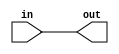
`timescale 1ns / 1ps
//////////////////////////////////////////////////////////////////////////////////
// Company: 
// Engineer: 
// 
// Design Name: 
// Module Name: bMOV
// Project Name: 
// Target Devices: 
// Tool Versions: 
// Description: 
// 
// Dependencies: 
// 
// Revision:
// Revision 0.01 - File Created
// Additional Comments:
// 
//////////////////////////////////////////////////////////////////////////////////


module bMOV(out, in);
    input in;
    output out;
    wire temp;
    
    not N0(temp,in);
    not N1(out,temp);
    
endmodule